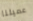
عميلنا